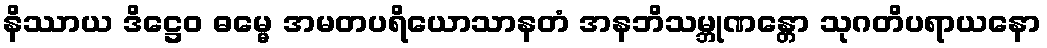
နိဿာယ ဒိဋ္ဌေဝ ဓမ္မေ အမတပရိယောသာနတံ အနဘိသမ္ဘုဏန္တော သုဂတိပရာယနော